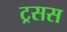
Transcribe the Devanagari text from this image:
ट्रसस